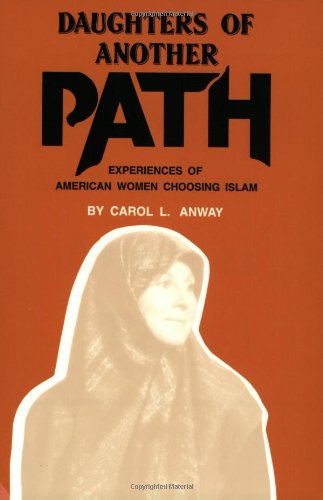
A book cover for Daughters of Another Path: Experiences of American Women Choosing Islam; Carol L. Anway; Religion & Spirituality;